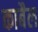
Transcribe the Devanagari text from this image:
काबैल